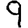
Digit: 9